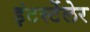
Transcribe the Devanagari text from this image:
इंटर्स्टेलेर